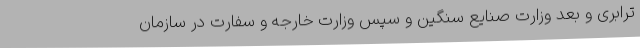
ترابری و بعد وزارت صنایع سنگین و سپس وزارت خارجه و سفارت در سازمان